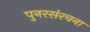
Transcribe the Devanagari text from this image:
पुनरसंरचना